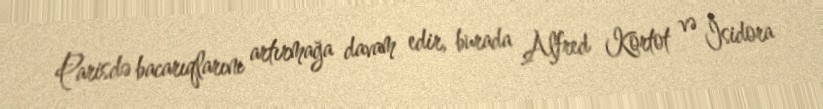
Parisdə bacarıqlarını artırmağa davam edir, burada Alfred Kortot və İsidora